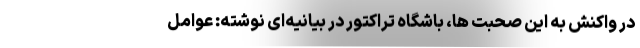
در واکنش به این صحبت ها، باشگاه تراکتور در بیانیه‌ای نوشته: عوامل